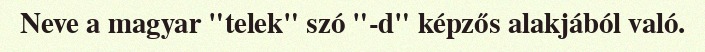
Neve a magyar "telek" szó "-d" képzős alakjából való.